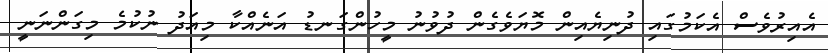
އެއިރުވެސް އެކަމުގައި ދުނިޔެއިން މޮޔަވެގެން ދުވުނު މީހުންގަނޑު އަނެއްކާ މިއަދު ނުކުމެ މިގަންނަނީ